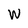
Character: W